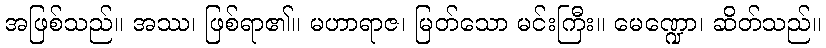
အဖြစ်သည်။ အဿ၊ ဖြစ်ရာ၏။ မဟာရာဇ၊ မြတ်သော မင်းကြီး။ မေဏ္ဍော၊ ဆိတ်သည်။